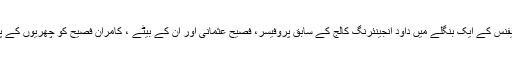
مصباح کا قاتل گرفتار ہوا ہی تھا کہ ڈیفنس کے ایک بنگلے میں داؤد انجینئرنگ کالج کے سابق پروفیسر، فصیح عثمانی اور ان کے بیٹے ، کامران فصیح کو چھریوں کے پے درے پے وارکرکے قتل کردیا گیا۔